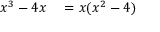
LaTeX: \begin{array} { r l } { x ^ { 3 } - 4 x } & { { } = x ( x ^ { 2 } - 4 ) } \end{array}